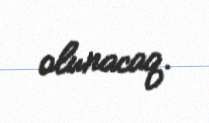
olunacaq.